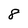
Character: 8